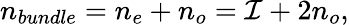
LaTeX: n_{bundle}=n_{e}+n_{o}={\cal I}+2n_{o},